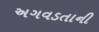
અગવડતાની